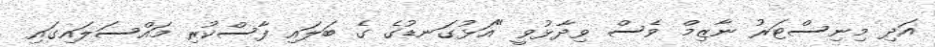
އަދި މިނިސްޓަރު ނާޒިމް ވެސް ވިދާޅުވީ "އަޅުގަނޑުގެ ގެ ބަލައި ފާސްކުރި މައްސަލައިގައި